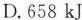
D.658KJ